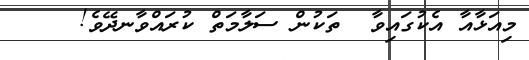
މިއަޅާއާ އެކުގައިވާ  ތަކުން ސަލާމަތް ކުރައްވާނދޭވެ!